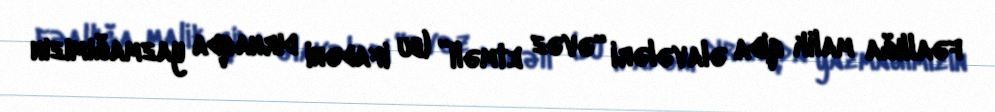
fəallığa malik qida əlavələri “əvəz etməli” (bu ifadəni dırnaqda yazmağımızın